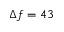
\Delta f = 4 3